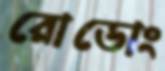
রোডোং